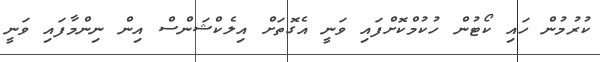
ކުރުމުން ހައި ކޯޓުން ހުކުމްކޮށްފައި ވަނީ އެގޮތަށް އިލެކްޝަންސް އިން ނިންމާފައި ވަނީ